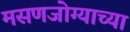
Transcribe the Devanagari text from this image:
मसणजोग्याच्या